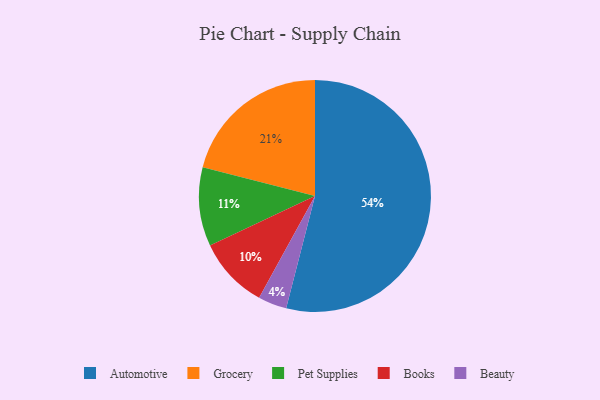
{"axis": {"x": "Category", "y": "Percentage"}, "legend": ["Automotive", "Beauty", "Books", "Grocery", "Pet Supplies"], "data": [{"x": "Grocery", "y": 21, "type": "Grocery"}, {"x": "Beauty", "y": 4, "type": "Beauty"}, {"x": "Pet Supplies", "y": 11, "type": "Pet Supplies"}, {"x": "Books", "y": 10, "type": "Books"}, {"x": "Automotive", "y": 54, "type": "Automotive"}]}